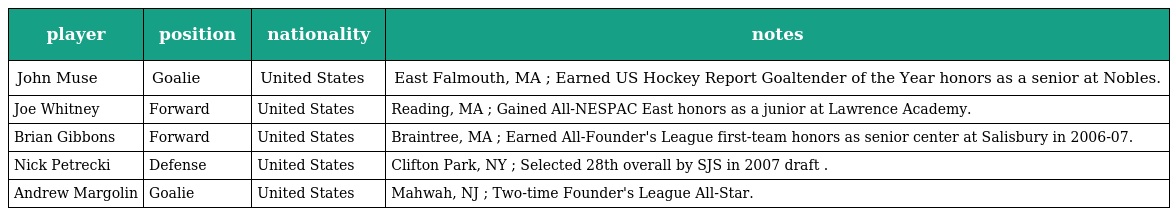
| player | position | nationality | notes |
 | --- | --- | --- | --- |
 | John Muse | Goalie | United States | East Falmouth, MA ; Earned US Hockey Report Goaltender of the Year honors as a senior at Nobles. |
 | Joe Whitney | Forward | United States | Reading, MA ; Gained All-NESPAC East honors as a junior at Lawrence Academy. |
 | Brian Gibbons | Forward | United States | Braintree, MA ; Earned All-Founder's League first-team honors as senior center at Salisbury in 2006-07. |
 | Nick Petrecki | Defense | United States | Clifton Park, NY ; Selected 28th overall by SJS in 2007 draft . |
 | Andrew Margolin | Goalie | United States | Mahwah, NJ ; Two-time Founder's League All-Star. |